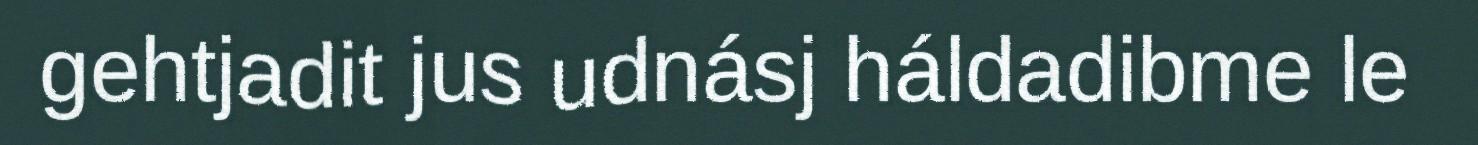
gehtjadit jus udnásj háldadibme le